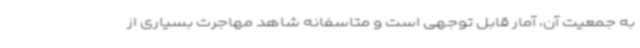
به جمعیت آن، آمار قابل توجهی است و متاسفانه شاهد مهاجرت بسیاری از